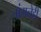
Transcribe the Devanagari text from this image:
चांगलेही